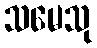
သမေသု